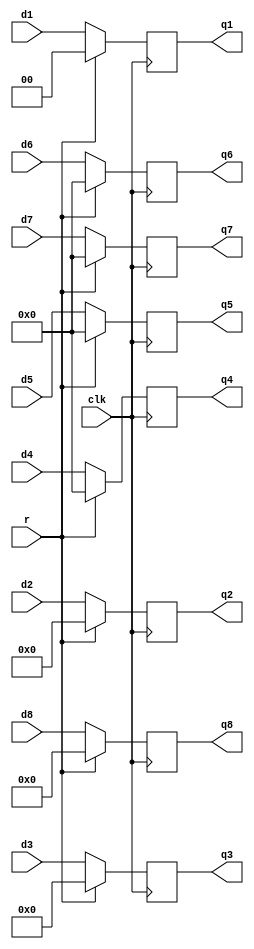
`timescale 1ns / 1ps
//////////////////////////////////////////////////////////////////////////////////
// Company: 
// Engineer: 
// 
// Design Name: 
// Module Name:    ID_EX_Reg 
// Project Name: 
// Target Devices: 
// Tool versions: 
// Description: 
//
// Dependencies: 
//
// Revision: 
// Revision 0.01 - File Created
// Additional Comments: 
//
//////////////////////////////////////////////////////////////////////////////////
module ID_EX_Reg(d1,d2,d3,d4,d5,d6,d7,d8,
					r,clk,q1,q2,q3,q4,q5,q6,q7,q8
    );
	input r;
	input clk;
	input [1:0] d1;
	input [3:0] d2;
	input [7:0] d3;
	input [31:0] d4,d5,d6,d7;
	input [14:0] d8;
	output [1:0] q1;
	output [3:0] q2;
	output [7:0] q3;
	output [31:0] q4,q5,q6,q7;
	output [14:0]q8;
	reg [1:0] q1;
	reg [3:0] q2;
	reg [7:0] q3;
	reg [31:0] q4,q5,q6,q7;
	reg [14:0] q8;
	always @ (posedge clk)
	if (r)
		begin
			q1 <= 0;q5 <= 0;
			q2 <= 0;q6 <= 0;
			q3 <= 0;q7 <= 0;
			q4 <= 0;q8 <= 0;
		end
	else
		begin
			q1 <= d1;q5 <= d5;
			q2 <= d2;q6 <= d6;
			q3 <= d3;q7 <= d7;
			q4 <= d4;q8 <= d8;
		end
endmodule